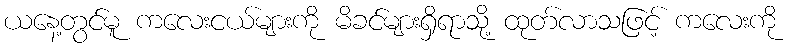
ယနေ့တွင်မူ ကလေးငယ်များကို မိခင်များရှိရာသို့ ထုတ်လာသဖြင့် ကလေးကို